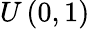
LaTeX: U\left(0,1\right)